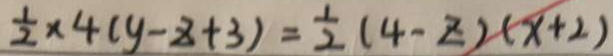
\frac { 1 } { 2 } \times 4 ( y - z + 3 ) = \frac { 1 } { 2 } ( 4 - z ) ( x + 2 )